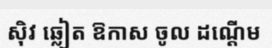
ស៊ិវ ឆ្លៀត ឱកាស ចូល ដណ្តើម